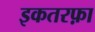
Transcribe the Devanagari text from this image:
इकतरफ़ा